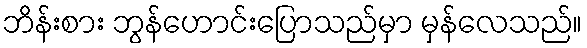
ဘိန်းစား ဘွန်ဟောင်းပြောသည်မှာ မှန်လေသည်။